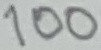
Text: 100